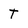
Character: t